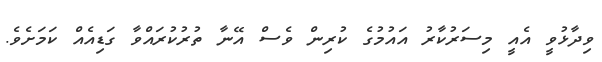
ވިދާޅުވީ އެއީ މިސަރުކާރު އައުމުގެ ކުރިން ވެސް އޭނާ ތުރުކުރައްވާ ގަޑިއެއް ކަމަށެވެ.